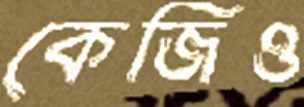
কেজিও